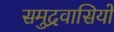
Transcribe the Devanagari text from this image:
समुद्रवासियों